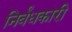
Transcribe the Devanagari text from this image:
निर्बंधकारी